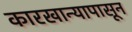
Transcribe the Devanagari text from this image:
कारखान्यापासून